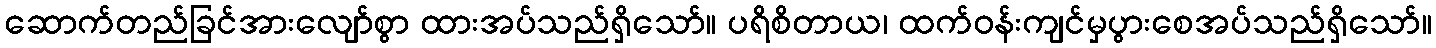
ဆောက်တည်ခြင်အားလျော်စွာ ထားအပ်သည်ရှိသော်။ ပရိစိတာယ၊ ထက်ဝန်းကျင်မှပွားစေအပ်သည်ရှိသော်။